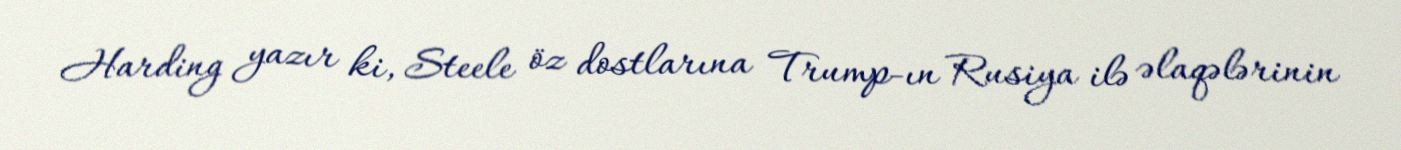
Harding yazır ki, Steele öz dostlarına Trump-ın Rusiya ilə əlaqələrinin